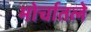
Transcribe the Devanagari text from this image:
मोर्चातले